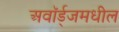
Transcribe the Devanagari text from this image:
अवॉर्ड्‌जमधील